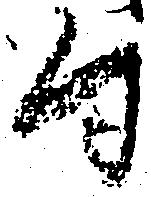
付